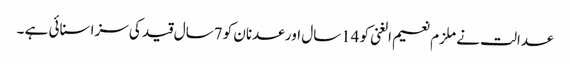
عدالت نے ملزم نعیم الغنی کو 14سال اور عدنان کو 7سال قید کی سزا سنائی ہے ۔